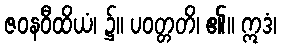
ဇဝနဝီထိယံ၊ ၌။ ပဝတ္တတိ၊ ၏။ ဣဒံ၊